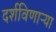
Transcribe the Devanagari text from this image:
दर्शविणाऱ्या